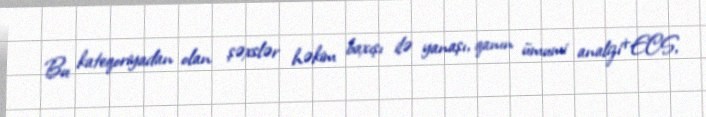
Bu kateqoriyadan olan şəxslər həkim baxışı ilə yanaşı, qanın ümumi analizi+ECS,